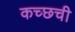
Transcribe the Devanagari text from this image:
कच्छची